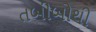
તબીબોથી